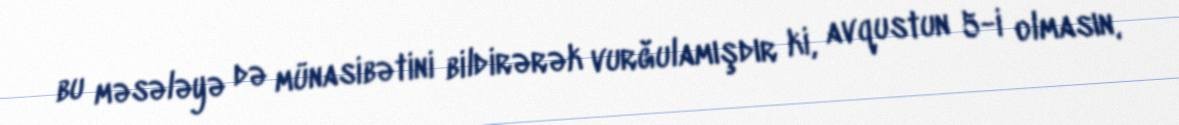
bu məsələyə də münasibətini bildirərək vurğulamışdır ki, avqustun 5-i olmasın,